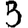
Digit: 3